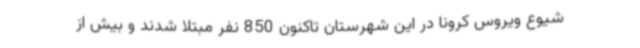
شیوع ویروس کرونا در این شهرستان تاکنون 850 نفر مبتلا شدند و بیش از